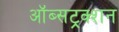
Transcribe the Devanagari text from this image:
ऑब्सट्रक्शन